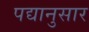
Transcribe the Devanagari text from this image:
पद्यानुसार